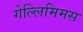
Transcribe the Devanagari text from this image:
गेल्‍लिमिमस